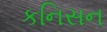
કનિસન